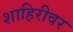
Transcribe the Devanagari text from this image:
शाहिरीवर